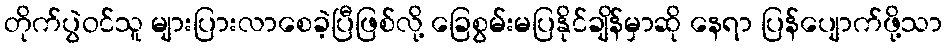
တိုက်ပွဲဝင်သူ များပြားလာစေခဲ့ပြီဖြစ်လို့ ခြေစွမ်းမပြနိုင်ချိန်မှာဆို နေရာ ပြန်ပျောက်ဖို့သာ